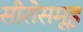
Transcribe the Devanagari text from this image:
सीरोसमूह